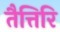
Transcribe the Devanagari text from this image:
तैत्तिरि